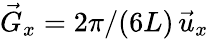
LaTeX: \vec{G}_{x}=2\pi/(6L)\, \vec{u}_{x}